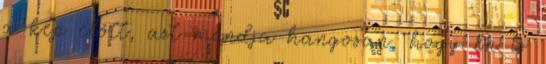
a kép előtt, azt mondja hangosan, hogy én is